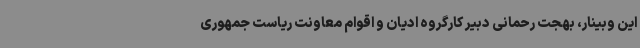
این وبینار، بهجت رحمانی دبیر کارگروه ادیان و اقوام معاونت ریاست جمهوری